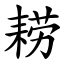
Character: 耢